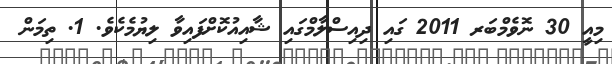
މިއީ 30 ނޮވެމްބަރ 2011 ގައި ދިއިސްލާމްގައި ޝާއިއުކޮށްފައިވާ ލިޔުމެކެވެ. 1. ތިމަން